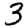
Digit: 3